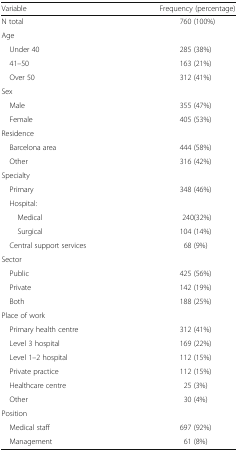
<table><thead><tr><td><b>Variable</b></td><td><b>Frequency (percentage)</b></td></tr></thead><tbody><tr><td>N total</td><td>760 (100%)</td></tr><tr><td colspan="2">Age</td></tr><tr><td> Under 40</td><td>285 (38%)</td></tr><tr><td> 41–50</td><td>163 (21%)</td></tr><tr><td> Over 50</td><td>312 (41%)</td></tr><tr><td colspan="2">Sex</td></tr><tr><td> Male</td><td>355 (47%)</td></tr><tr><td> Female</td><td>405 (53%)</td></tr><tr><td colspan="2">Residence</td></tr><tr><td> Barcelona area</td><td>444 (58%)</td></tr><tr><td> Other</td><td>316 (42%)</td></tr><tr><td colspan="2">Specialty</td></tr><tr><td> Primary</td><td>348 (46%)</td></tr><tr><td colspan="2"> Hospital:</td></tr><tr><td>Medical</td><td>240(32%)</td></tr><tr><td>Surgical</td><td>104 (14%)</td></tr><tr><td> Central support services</td><td>68 (9%)</td></tr><tr><td colspan="2">Sector</td></tr><tr><td> Public</td><td>425 (56%)</td></tr><tr><td> Private</td><td>142 (19%)</td></tr><tr><td> Both</td><td>188 (25%)</td></tr><tr><td colspan="2">Place of work</td></tr><tr><td> Primary health centre</td><td>312 (41%)</td></tr><tr><td> Level 3 hospital</td><td>169 (22%)</td></tr><tr><td> Level 1–2 hospital</td><td>112 (15%)</td></tr><tr><td> Private practice</td><td>112 (15%)</td></tr><tr><td> Healthcare centre</td><td>25 (3%)</td></tr><tr><td> Other</td><td>30 (4%)</td></tr><tr><td colspan="2">Position</td></tr><tr><td> Medical staff</td><td>697 (92%)</td></tr><tr><td> Management</td><td>61 (8%)</td></tr></tbody></table>